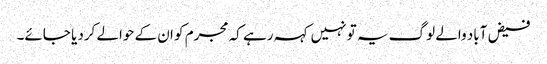
فیض آباد والے لوگ یہ تو نہیں کہہ رہے کہ مجرم کو ان کے حوالے کردیا جائے۔